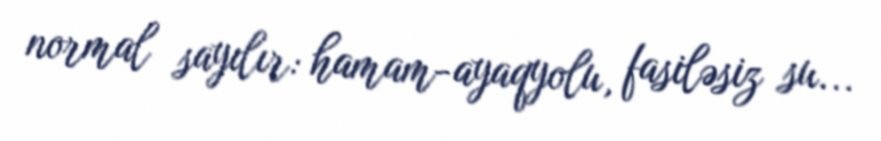
normal sayılır: hamam-ayaqyolu, fasiləsiz su...